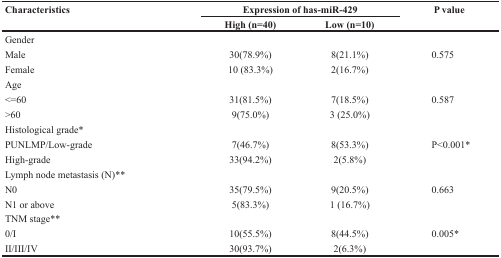
<table><thead><tr><td rowspan="2"><b>Characteristics</b></td><td colspan="2"><b>Expression of has-miR-429</b></td><td rowspan="2"><b>P value</b></td></tr><tr><td><b>High (n=40)</b></td><td><b>Low (n=10)</b></td></tr></thead><tbody><tr><td colspan="4">Gender</td></tr><tr><td>Male</td><td>30(78.9%)</td><td>8(21.1%)</td><td>0.575</td></tr><tr><td>Female</td><td>10 (83.3%)</td><td>2(16.7%)</td><td></td></tr><tr><td colspan="4">Age</td></tr><tr><td>&lt;=60</td><td>31(81.5%)</td><td>7(18.5%)</td><td>0.587</td></tr><tr><td>&gt;60</td><td>9(75.0%)</td><td>3 (25.0%)</td><td></td></tr><tr><td colspan="4">Histological grade*</td></tr><tr><td>PUNLMP/Low-grade</td><td>7(46.7%)</td><td>8(53.3%)</td><td>P&lt;0.001*</td></tr><tr><td>High-grade</td><td>33(94.2%)</td><td>2(5.8%)</td><td></td></tr><tr><td colspan="4">Lymph node metastasis (N)**</td></tr><tr><td>N0</td><td>35(79.5%)</td><td>9(20.5%)</td><td>0.663</td></tr><tr><td>N1 or above</td><td>5(83.3%)</td><td>1 (16.7%)</td><td></td></tr><tr><td colspan="4">TNM stage**</td></tr><tr><td>0/I</td><td>10(55.5%)</td><td>8(44.5%)</td><td>0.005*</td></tr><tr><td>II/III/IV</td><td>30(93.7%)</td><td>2(6.3%)</td><td></td></tr></tbody></table>